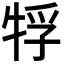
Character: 𤙤